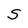
Character: s